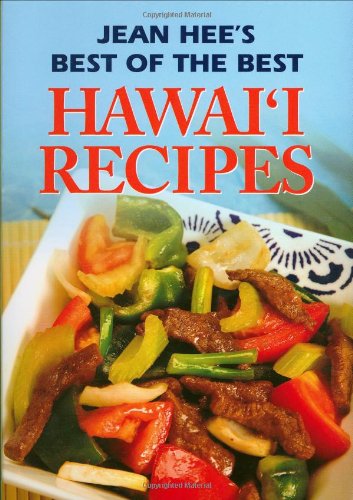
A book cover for Jean Hee's Best of the Best Hawaii Recipes; Jean Watanabe Hee; Cookbooks, Food & Wine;